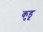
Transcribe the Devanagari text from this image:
कुडू